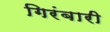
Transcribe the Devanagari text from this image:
गिरंबारी